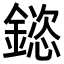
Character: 𮢯